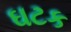
ઘટક